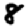
Digit: 8